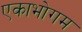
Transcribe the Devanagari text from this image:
एकाभोगम